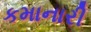
કમાનારી